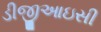
ડીજીઆઇસી